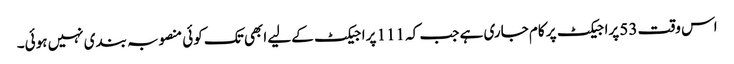
اس وقت 53 پراجیکٹ پر کام جاری ہے جب کہ 111 پراجیکٹ کےلیے ابھی تک کوئی منصوبہ بندی نہیں ہوئی۔